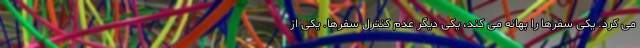
می کرد. یکی سفرها را بهانه می کند، یکی دیگر عدم کنترل سفرها. یکی از